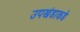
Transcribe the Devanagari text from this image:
उपखंडाकडे